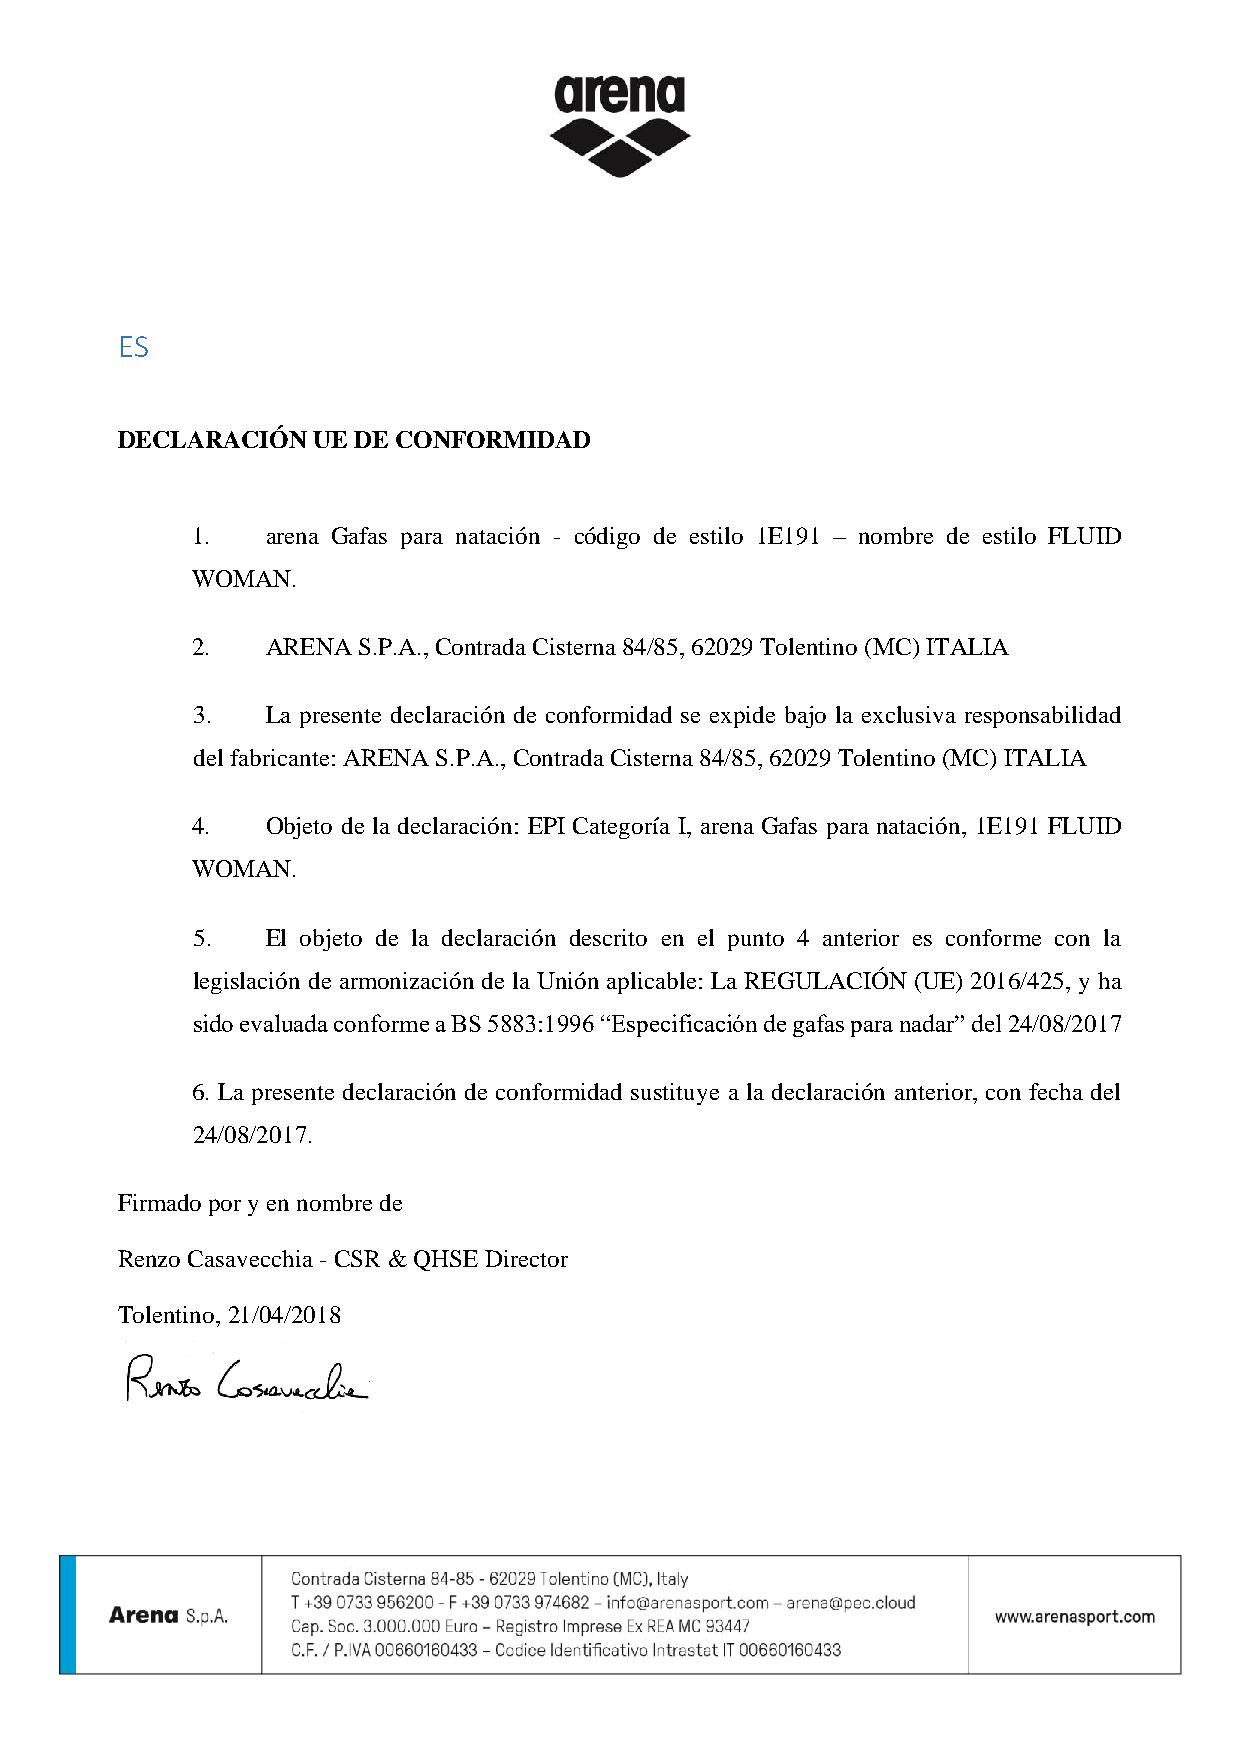
ES
 DECLARACIÓN  UE DE CONFORMIDAD
 1.   arena Gafas para natación - código de estilo 1E191 – nombre de estilo FLUID
 WOMAN.
 2.   ARENA S.P.A., Contrada Cisterna 84/85, 62029 Tolentino (MC) ITALIA
 3.   La presente declaración de conformidad se expide bajo la exclusiva responsabilidad
 del fabricante: ARENA S.P.A., Contrada Cisterna 84/85, 62029 Tolentino (MC) ITALIA
 4.   Objeto de la declaración: EPI Categoría I, arena Gafas para natación, 1E191 FLUID
 WOMAN.
 5.   El objeto de la declaración descrito en el punto 4 anterior es conforme con la
 legislación de armonización de la Unión aplicable: La REGULACIÓN (UE) 2016/425, y ha
 sido evaluada conforme a BS 5883:1996 “Especificación de gafas para nadar” del 24/08/2017
 6. La presente declaración de conformidad sustituye a la declaración anterior, con fecha del
 24/08/2017.
 Firmado por y en nombre de
 Renzo Casavecchia - CSR & QHSE Director
 Tolentino, 21/04/2018